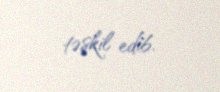
təşkil edib.